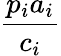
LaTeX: \frac{p_{i}a_{i}}{c_{i}}